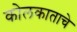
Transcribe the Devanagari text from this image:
कोलकाताचे